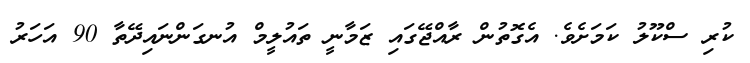
ކުރި ސްކޫލު ކަމަށެވެ. އެގޮތުން ރާއްޖޭގައި ޒަމާނީ ތައުލީމް އުނގަންނައިދޭތާ 90 އަހަރު